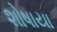
શોષાયા